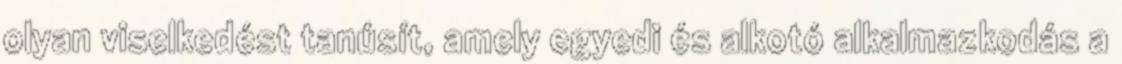
olyan viselkedést tanúsít, amely egyedi és alkotó alkalmazkodás a